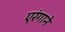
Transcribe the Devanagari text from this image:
एरंगाने